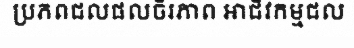
ប្រភពជលផលចីរភាព អាជីវកម្មជល